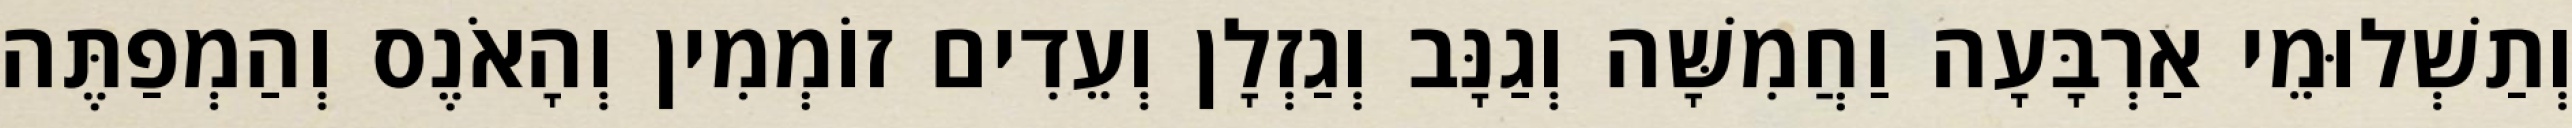
וְתַשְׁלוּמֵי אַרְבָּעָה וַחֲמִשָּׁה וְגַנָּב וְגַזְלָן וְעֵדִים זוֹמְמִין וְהָאֹנֶס וְהַמְפַתֶּה